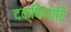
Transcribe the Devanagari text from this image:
दक्षिणादि